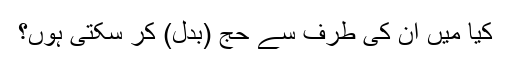
کیا میں ان کی طرف سے حج (بدل) کر سکتی ہوں؟